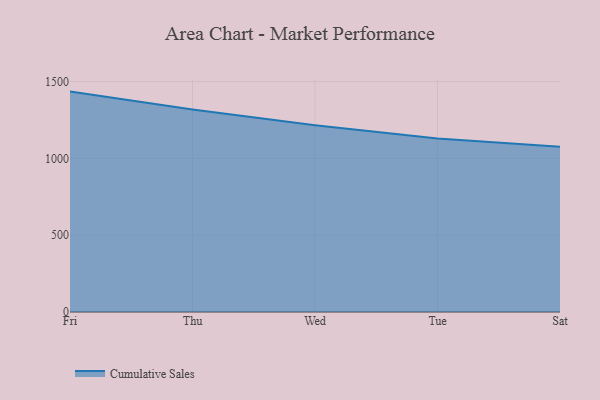
{"axis": {"x": "Day", "y": "Temperature (°C)"}, "legend": ["Cumulative Sales"], "data": [{"x": "Fri", "y": 1435.0, "type": "Cumulative Sales"}, {"x": "Thu", "y": 1318.0, "type": "Cumulative Sales"}, {"x": "Wed", "y": 1215.8, "type": "Cumulative Sales"}, {"x": "Tue", "y": 1130.0, "type": "Cumulative Sales"}, {"x": "Sat", "y": 1075.4, "type": "Cumulative Sales"}]}